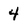
Character: 4